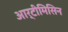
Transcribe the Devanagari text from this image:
आर्टीमिसिन